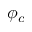
\phi _ { c }